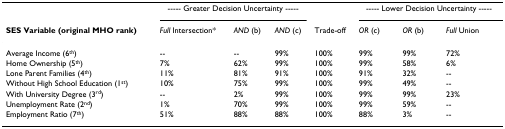
<table><thead><tr><td></td><td colspan="3"><b>----- Greater Decision Uncertainty -----</b></td><td></td><td colspan="3"><b>----- Lower Decision Uncertainty -----</b></td></tr><tr><td><b>SES Variable (original MHO rank)</b></td><td><b><i>Full </i>Intersection*</b></td><td><b><i>AND </i>(b)</b></td><td><b><i>AND </i>(c)</b></td><td><b>Trade-off</b></td><td><b><i>OR </i>(c)</b></td><td><b><i>OR </i>(b)</b></td><td><b><i>Full </i>Union</b></td></tr></thead><tbody><tr><td>Average Income (6<sup>th</sup>)</td><td>--</td><td>--</td><td>99%</td><td>100%</td><td>99%</td><td>99%</td><td>72%</td></tr><tr><td>Home Ownership (5<sup>th</sup>)</td><td>7%</td><td>62%</td><td>99%</td><td>100%</td><td>99%</td><td>58%</td><td>6%</td></tr><tr><td>Lone Parent Families (4<sup>th</sup>)</td><td>11%</td><td>81%</td><td>91%</td><td>100%</td><td>91%</td><td>32%</td><td>--</td></tr><tr><td>Without High School Education (1<sup>st</sup>)</td><td>10%</td><td>75%</td><td>99%</td><td>100%</td><td>99%</td><td>49%</td><td>--</td></tr><tr><td>With University Degree (3<sup>rd</sup>)</td><td>--</td><td>2%</td><td>99%</td><td>100%</td><td>99%</td><td>99%</td><td>23%</td></tr><tr><td>Unemployment Rate (2<sup>nd</sup>)</td><td>1%</td><td>70%</td><td>99%</td><td>100%</td><td>99%</td><td>59%</td><td>--</td></tr><tr><td>Employment Ratio (7<sup>th</sup>)</td><td>51%</td><td>88%</td><td>88%</td><td>100%</td><td>88%</td><td>3%</td><td>--</td></tr></tbody></table>